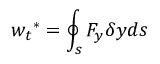
{ w _ { t } } ^ { \mathrm { { * } } } = \oint _ { s } { { F _ { y } } \delta y } d s